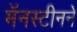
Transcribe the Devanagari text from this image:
मॅनस्टीनने